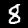
Digit: 8